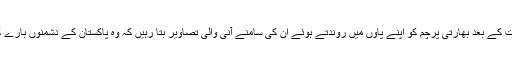
سراج رئیسانی کی شہادت کے بعد بھارتی پرچم کو اپنے پاوں میں روندتے ہوئے ان کی سامنے آنی والی تصاویر بتا رہیں کہ وہ پاکستان کے دشمنوں بارے کیا جذبات رکھتے تھے۔